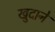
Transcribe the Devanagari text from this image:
खुदाने